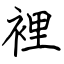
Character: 裡